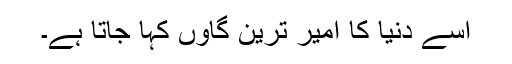
اسے دنیا کا امیر ترین گاؤں کہا جاتا ہے۔